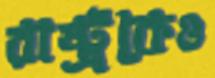
রাষ্ট্রকেও